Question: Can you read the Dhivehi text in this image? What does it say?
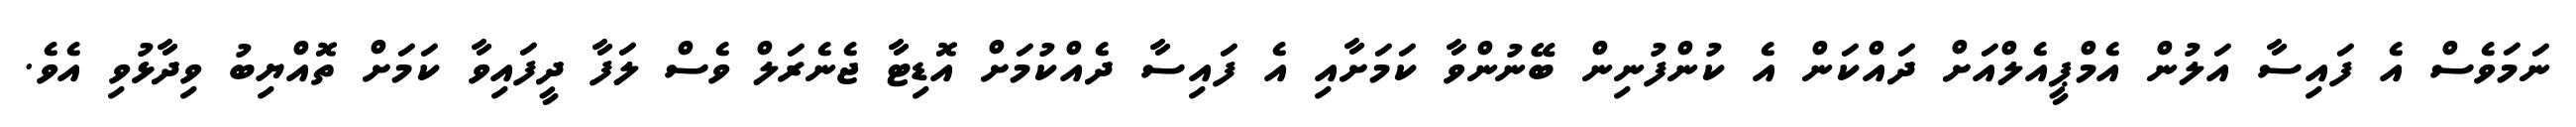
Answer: ނަމަވެސް އެ ފައިސާ އަލުން އެމްޕީއެލްއަށް ދައްކަން އެ ކުންފުނިން ބޭނުންވާ ކަމަށާއި އެ ފައިސާ ދެއްކުމަށް އޮޑިޓާ ޖެނެރަލް ވެސް ލަފާ ދީފައިވާ ކަމަށް ތޮއްޔިބު ވިދާޅުވި އެވެ.